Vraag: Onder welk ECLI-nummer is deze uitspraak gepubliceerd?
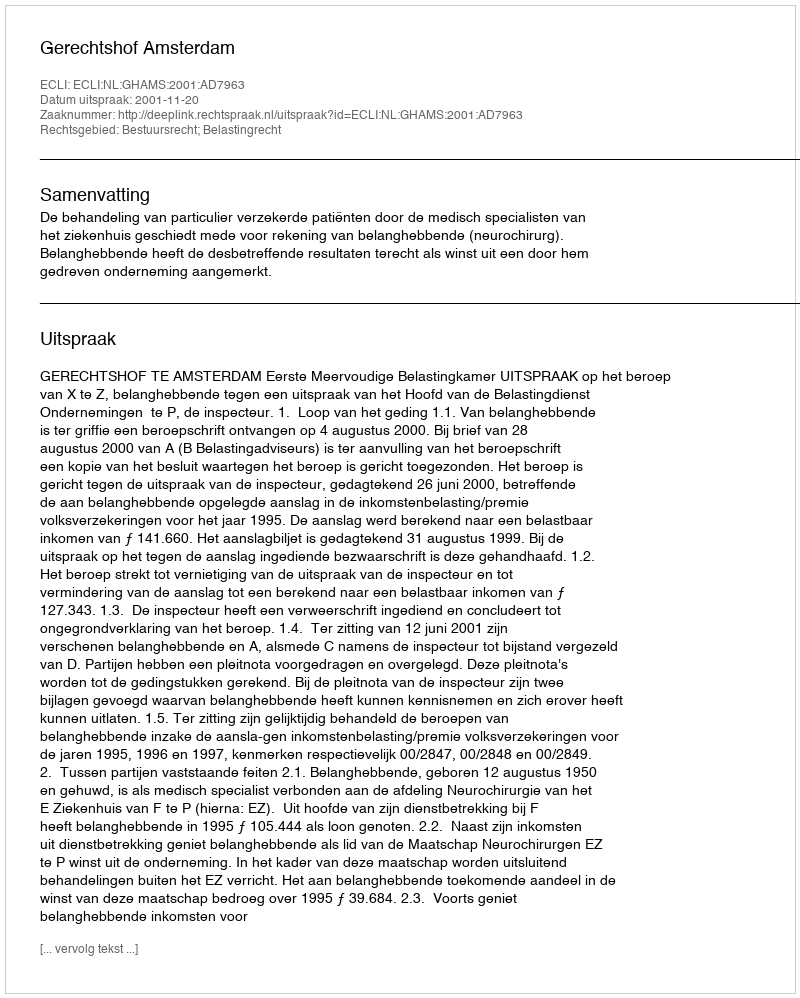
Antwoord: ECLI:NL:GHAMS:2001:AD7963